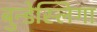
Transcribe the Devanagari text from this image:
बुन्डेस्लिगा